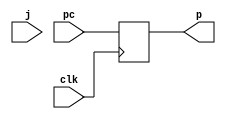
module PC( input clk , input  [15:0] pc ,output  [15:0] p , input j
    );
	 
initial begin  
Pc = 16'd0;
      end  
reg [15:0] Pc;
always @ (posedge clk ) begin

	Pc <= pc;  
end
assign p = Pc;
endmodule